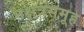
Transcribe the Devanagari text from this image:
नक्षत्रसमूह